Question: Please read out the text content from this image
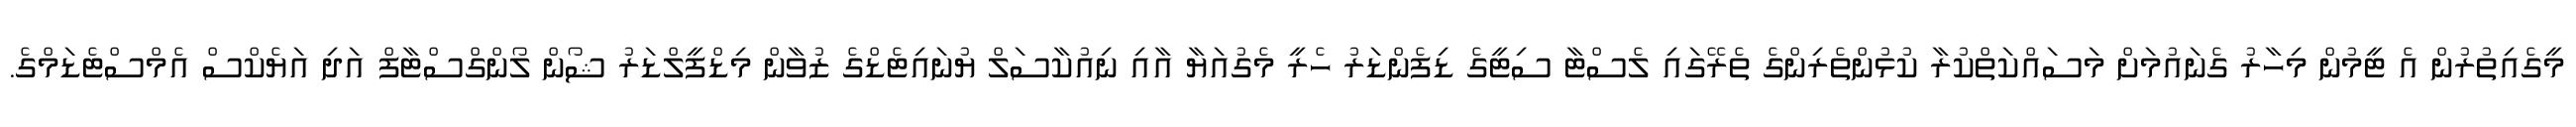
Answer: މީގެއިތުރުން އެ ޓީމުން މިހާރު ގެނައުމަށް މަސައްކަތްކުރާ ކުޅުންތެރިންގެ ތެރޭގައި ލެސްޓާ ސިޓީގެ ޑިފެންޑަރު ހެރީ މެގުއަޔާ އާއި ނިއުކާސަލް ޔުނައިޓެޑްގެ ޒުވާން މިޑްފީލްޑަރު ޝޯން ލޯންގްސްޓާފް އަދި އަޔެކްސް އެމްސްޓެޑަމްގެ.